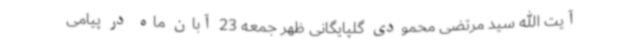
آیت الله سید مرتضی محمودی گلپایگانی ظهر جمعه 23 آبان ماه در پیامی